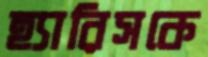
হ্যারিসকে